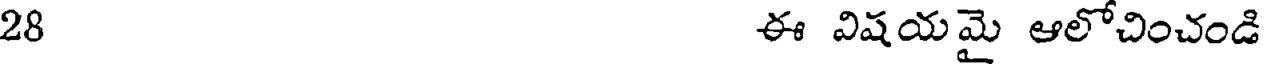
28 ఈ విషయమై ఆలోచించండి